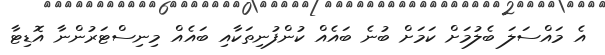
އެ މައްސަލަ ބެލުމަށް ކަމަށް ބުނެ ބައެއް ކުންފުނިތަކާއި ބައެއް މިނިސްޓަރުންނާ އޮޑިޓާ